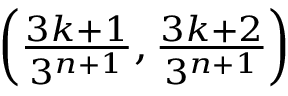
\textstyle \left( { \frac { 3 k + 1 } { 3 ^ { n + 1 } } } , { \frac { 3 k + 2 } { 3 ^ { n + 1 } } } \right)